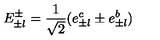
E _ { \pm l } ^ { \pm } = \frac { 1 } { \sqrt { 2 } } ( e _ { \pm l } ^ { c } \pm e _ { \pm l } ^ { b } )